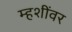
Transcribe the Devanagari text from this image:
म्हशींवर